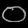
Digit: ၀